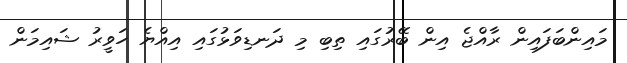
މައިންބަފައިން ރާއްޖެ އިން ބޭރުގައި ތިބި މި ދަނޑިވަޅުގައި އިއްޔެ ހަވީރު ޝައިމަން